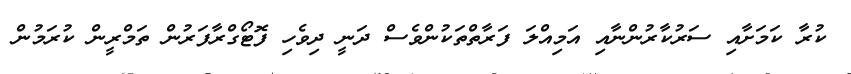
ކުރާ ކަމަށާއި ސަރުކާރުންނާއި އަމިއްލަ ފަރާތްތަކުންވެސް ދަނީ ދިވެހި ފޮޓޯގްރާފަރުން ތަމްރީން ކުރަމުން